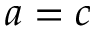
a = c